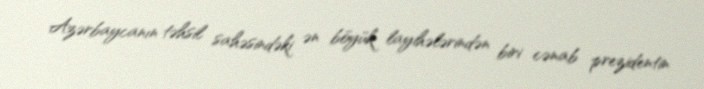
Azərbaycanın təhsil sahəsindəki ən böyük layihələrindən biri cənab prezidentin